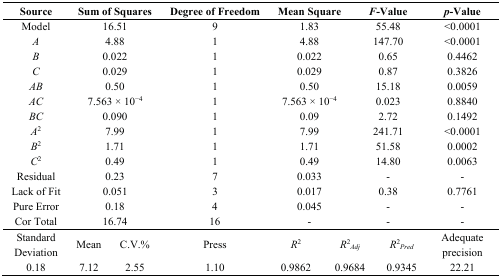
<table><thead><tr><td><b>Source</b></td><td colspan="2"><b>Sum of Squares</b></td><td><b>Degree of Freedom</b></td><td colspan="2"><b>Mean Square</b></td><td colspan="2"><b><i>F</i>-Value</b></td><td><b><i>p</i>-Value</b></td></tr></thead><tbody><tr><td>Model</td><td colspan="2">16.51</td><td>9</td><td colspan="2">1.83</td><td colspan="2">55.48</td><td>&lt;0.0001</td></tr><tr><td><i>A</i></td><td colspan="2">4.88</td><td>1</td><td colspan="2">4.88</td><td colspan="2">147.70</td><td>&lt;0.0001</td></tr><tr><td><i>B</i></td><td colspan="2">0.022</td><td>1</td><td colspan="2">0.022</td><td colspan="2">0.65</td><td>0.4462</td></tr><tr><td><i>C</i></td><td colspan="2">0.029</td><td>1</td><td colspan="2">0.029</td><td colspan="2">0.87</td><td>0.3826</td></tr><tr><td><i>AB</i></td><td colspan="2">0.50</td><td>1</td><td colspan="2">0.50</td><td colspan="2">15.18</td><td>0.0059</td></tr><tr><td><i>AC</i></td><td colspan="2">7.563 × 10<sup>−</sup><sup>4</sup></td><td>1</td><td colspan="2">7.563 × 10<sup>−4</sup></td><td colspan="2">0.023</td><td>0.8840</td></tr><tr><td><i>BC</i></td><td colspan="2">0.090</td><td>1</td><td colspan="2">0.09</td><td colspan="2">2.72</td><td>0.1492</td></tr><tr><td><i>A</i><sup>2</sup></td><td colspan="2">7.99</td><td>1</td><td colspan="2">7.99</td><td colspan="2">241.71</td><td>&lt;0.0001</td></tr><tr><td><i>B</i><sup>2</sup></td><td colspan="2">1.71</td><td>1</td><td colspan="2">1.71</td><td colspan="2">51.58</td><td>0.0002</td></tr><tr><td><i>C</i><sup>2</sup></td><td colspan="2">0.49</td><td>1</td><td colspan="2">0.49</td><td colspan="2">14.80</td><td>0.0063</td></tr><tr><td>Residual</td><td colspan="2">0.23</td><td>7</td><td colspan="2">0.033</td><td colspan="2">-</td><td>-</td></tr><tr><td>Lack of Fit</td><td colspan="2">0.051</td><td>3</td><td colspan="2">0.017</td><td colspan="2">0.38</td><td>0.7761</td></tr><tr><td>Pure Error</td><td colspan="2">0.18</td><td>4</td><td colspan="2">0.045</td><td colspan="2">-</td><td>-</td></tr><tr><td>Cor Total</td><td colspan="2">16.74</td><td>16</td><td colspan="2">-</td><td colspan="2">-</td><td>-</td></tr><tr><td>Standard Deviation</td><td>Mean</td><td>C.V.%</td><td>Press</td><td><i>R</i><sup>2</sup></td><td colspan="2"><i>R</i><sup>2</sup><i><sub>Adj</sub></i></td><td><i>R</i><sup>2</sup><i><sub>Pred</sub></i></td><td>Adequate precision</td></tr><tr><td>0.18</td><td>7.12</td><td>2.55</td><td>1.10</td><td>0.9862</td><td colspan="2">0.9684</td><td>0.9345</td><td>22.21</td></tr></tbody></table>